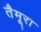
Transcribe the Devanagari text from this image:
तैमूरा